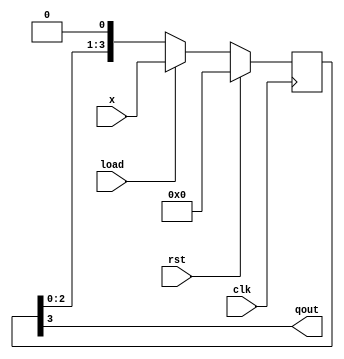
// 4 Bit PISO Register

module piso(clk,rst,x,qout,load);

	input [3:0]x;
	input clk,rst,load;
	output qout;
	reg [3:0] q;

always@(posedge clk)
begin
	if(rst)
		q<=4'b0;
	else
	begin	
		if(load)
			q<=x;
		else
			q<={q[2:0],1'b0};
	end
end

assign qout=q[3];

endmodule